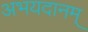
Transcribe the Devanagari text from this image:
अभयदानम्